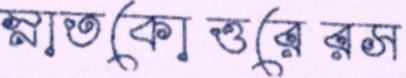
স্নাতকোত্তরেরস